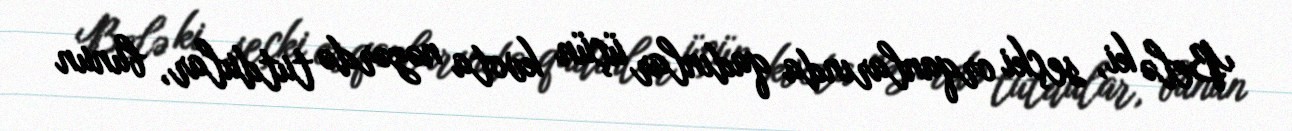
Belə ki, seçki orqanlarında qadınlar üçün kvota nəzərdə tutdular, bunun